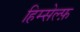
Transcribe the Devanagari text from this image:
हिम्सेल्फ़